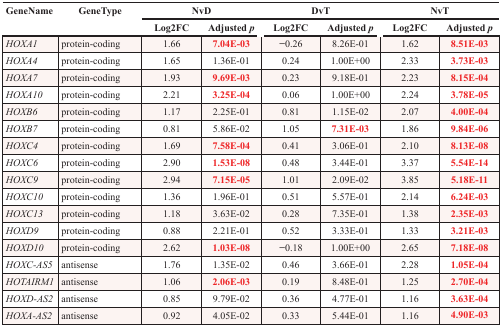
<table><thead><tr><td><b>GeneName</b></td><td><b>GeneType</b></td><td colspan="2"><b>NvD</b></td><td colspan="2"><b>DvT</b></td><td colspan="2"><b>NvT</b></td></tr><tr><td></td><td></td><td><b>Log2FC</b></td><td><b>Adjusted p</b></td><td><b>Log2FC</b></td><td><b>Adjusted p</b></td><td><b>Log2FC</b></td><td><b>Adjusted p</b></td></tr></thead><tbody><tr><td><i>HOXA1</i></td><td>protein-coding</td><td>1.66</td><td><b>7.04E-03</b></td><td>−0.26</td><td>8.26E-01</td><td>1.62</td><td><b>8.51E-03</b></td></tr><tr><td><i>HOXA4</i></td><td>protein-coding</td><td>1.65</td><td>1.36E-01</td><td>0.24</td><td>1.00E+00</td><td>2.33</td><td><b>3.73E-03</b></td></tr><tr><td><i>HOXA7</i></td><td>protein-coding</td><td>1.93</td><td><b>9.69E-03</b></td><td>0.23</td><td>9.18E-01</td><td>2.23</td><td><b>8.15E-04</b></td></tr><tr><td><i>HOXA10</i></td><td>protein-coding</td><td>2.21</td><td><b>3.25E-04</b></td><td>0.06</td><td>1.00E+00</td><td>2.24</td><td><b>3.78E-05</b></td></tr><tr><td><i>HOXB6</i></td><td>protein-coding</td><td>1.17</td><td>2.25E-01</td><td>0.81</td><td>1.15E-02</td><td>2.07</td><td><b>4.00E-04</b></td></tr><tr><td><i>HOXB7</i></td><td>protein-coding</td><td>0.81</td><td>5.86E-02</td><td>1.05</td><td><b>7.31E-03</b></td><td>1.86</td><td><b>9.84E-06</b></td></tr><tr><td><i>HOXC4</i></td><td>protein-coding</td><td>1.69</td><td><b>7.58E-04</b></td><td>0.41</td><td>3.06E-01</td><td>2.10</td><td><b>8.13E-08</b></td></tr><tr><td><i>HOXC6</i></td><td>protein-coding</td><td>2.90</td><td><b>1.53E-08</b></td><td>0.48</td><td>3.44E-01</td><td>3.37</td><td><b>5.54E-14</b></td></tr><tr><td><i>HOXC9</i></td><td>protein-coding</td><td>2.94</td><td><b>7.15E-05</b></td><td>1.01</td><td>2.09E-02</td><td>3.85</td><td><b>5.18E-11</b></td></tr><tr><td><i>HOXC10</i></td><td>protein-coding</td><td>1.36</td><td>1.96E-01</td><td>0.51</td><td>5.57E-01</td><td>2.14</td><td><b>6.24E-03</b></td></tr><tr><td><i>HOXC13</i></td><td>protein-coding</td><td>1.18</td><td>3.63E-02</td><td>0.28</td><td>7.35E-01</td><td>1.38</td><td><b>2.35E-03</b></td></tr><tr><td><i>HOXD9</i></td><td>protein-coding</td><td>0.88</td><td>2.21E-01</td><td>0.52</td><td>3.33E-01</td><td>1.33</td><td><b>3.21E-03</b></td></tr><tr><td><i>HOXD10</i></td><td>protein-coding</td><td>2.62</td><td><b>1.03E-08</b></td><td>−0.18</td><td>1.00E+00</td><td>2.65</td><td><b>7.18E-08</b></td></tr><tr><td><i>HOXC-AS5</i></td><td>antisense</td><td>1.76</td><td>1.35E-02</td><td>0.46</td><td>3.66E-01</td><td>2.28</td><td><b>1.05E-04</b></td></tr><tr><td><i>HOTAIRM1</i></td><td>antisense</td><td>1.06</td><td><b>2.06E-03</b></td><td>0.19</td><td>8.48E-01</td><td>1.25</td><td><b>2.70E-04</b></td></tr><tr><td><i>HOXD-AS2</i></td><td>antisense</td><td>0.85</td><td>9.79E-02</td><td>0.36</td><td>4.77E-01</td><td>1.16</td><td><b>3.63E-04</b></td></tr><tr><td><i>HOXA-AS2</i></td><td>antisense</td><td>0.92</td><td>4.05E-02</td><td>0.33</td><td>5.44E-01</td><td>1.16</td><td><b>4.90E-03</b></td></tr></tbody></table>